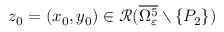
z _ { 0 } = ( x _ { 0 } , y _ { 0 } ) \in \mathcal { R } ( \overline { { \Omega _ { \varepsilon } ^ { 5 } } } \setminus \{ P _ { 2 } \} )